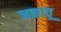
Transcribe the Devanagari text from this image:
जळावू